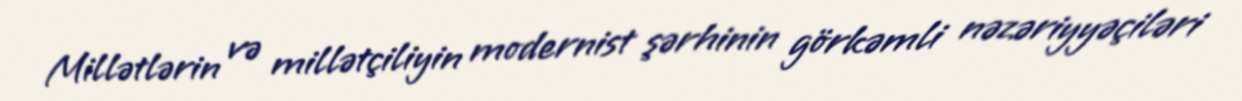
Millətlərin və millətçiliyin modernist şərhinin görkəmli nəzəriyyəçiləri